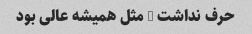
حرف نداشت , مثل همیشه عالی بود